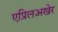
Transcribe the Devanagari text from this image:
एप्रिलअखेर